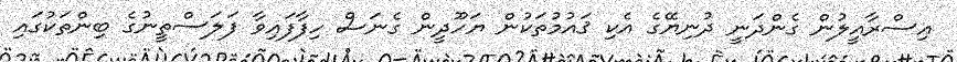
އިސްރާއީލުން ގެންދަނީ ދުނިޔޭގެ އެކި ޤައުމުތަކުން ޔަހޫދީން ގެނަސް ހިފާފައިވާ ފަލަސްތީނުގެ ބިންތަކުގައި